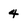
Character: 4